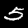
Digit: 5